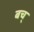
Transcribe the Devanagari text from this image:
बच्